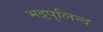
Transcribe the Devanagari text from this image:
भट्टपुलिन्द